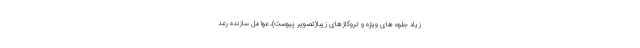
زیاد جلوه های ویژه و تروکاژهای زیبا(تصویر پیوست)، عوامل سازنده رعد